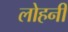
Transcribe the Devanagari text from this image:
लोहनी